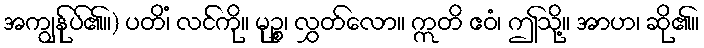
အကျွန်ုပ်၏။) ပတိံ၊ လင်ကို။ မုဉ္စ၊ လွှတ်လော။ ဣတိ ဧဝံ၊ ဤသို့။ အာဟ၊ ဆို၏။